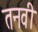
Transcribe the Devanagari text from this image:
तनवी